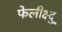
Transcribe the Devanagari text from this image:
फेलीक्ष्दु